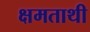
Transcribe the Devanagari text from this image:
क्षमताथी